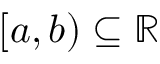
[ a , b ) \subseteq \mathbb { R }